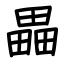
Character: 畾